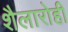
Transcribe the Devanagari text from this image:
शैलारोही